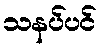
သနပ်ပင်